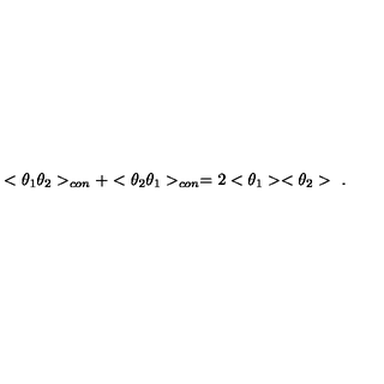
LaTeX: < \theta _ { 1 } \theta _ { 2 } > _ { c o n } + < \theta _ { 2 } \theta _ { 1 } > _ { c o n } = 2 < \theta _ { 1 } > < \theta _ { 2 } > \ .